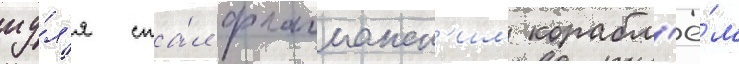
иу́л'я ста́л флагманск'им корабл'ё́м